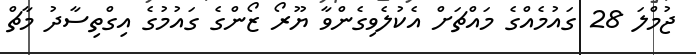
ޖުމްލަ 28 ގައުމެއްގެ މައްޗަށް އެކުލެވިގެންވާ ޔޫރޯ ޒޯންގެ ގައުމުގެ އިގްތިސާދު މާޗް